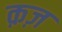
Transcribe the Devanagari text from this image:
क़ज़